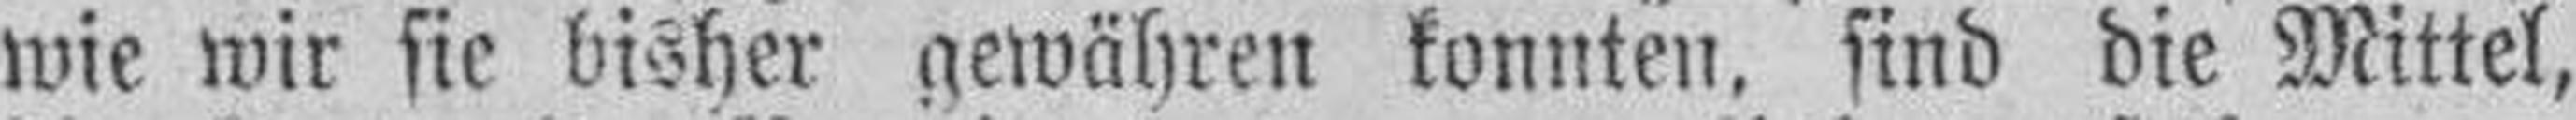
wie wir sie bisher gewähren konnten, sind die Mittel,